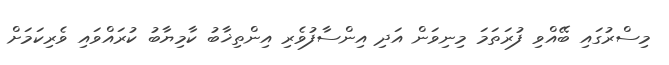
މިސްރުގައި ބޭއްވި ފުރަތަމަ މިނިވަން އަދި އިންސާފުވެރި އިންތިޚާބު ކާމިޔާބު ކުރައްވައި ވެރިކަމަށް